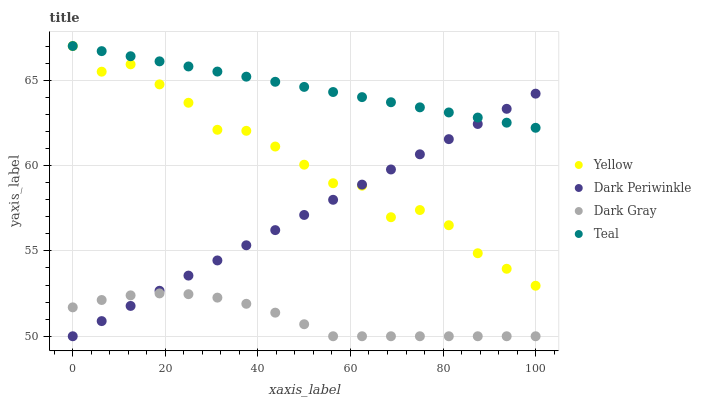
| xaxis_label | Yellow | Dark Periwinkle | Dark Gray | Teal |
 | --- | --- | --- | --- | --- |
 | 0 | 67 | 50 | 51.7 | 67 |
 | 6.25 | 65.5 | 50.9 | 52.1 | 66.7 |
 | 12.5 | 65.9 | 51.8 | 52.4 | 66.4 |
 | 18.8 | 64.8 | 52.7 | 52.5 | 66.1 |
 | 25 | 63.7 | 53.6 | 52.5 | 65.8 |
 | 31.2 | 62.1 | 54.4 | 52.3 | 65.5 |
 | 37.5 | 62 | 55.3 | 51.9 | 65.2 |
 | 43.8 | 61.1 | 56.2 | 51.4 | 64.9 |
 | 50 | 60 | 57.1 | 50.7 | 64.6 |
 | 56.2 | 59 | 58 | 50 | 64.3 |
 | 62.5 | 58.8 | 58.9 | 50 | 64 |
 | 68.8 | 57 | 59.8 | 50 | 63.7 |
 | 75 | 57.4 | 60.7 | 50 | 63.4 |
 | 81.2 | 56.5 | 61.5 | 50 | 63.1 |
 | 87.5 | 54.9 | 62.4 | 50 | 62.8 |
 | 93.8 | 54 | 63.3 | 50 | 62.5 |
 | 100 | 53 | 64.2 | 50 | 62.2 |